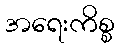
အရေးကိစ္စ